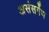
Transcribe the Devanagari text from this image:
असंसर्गेण